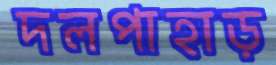
দলপাহাড়